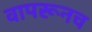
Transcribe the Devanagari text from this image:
वापरूनच